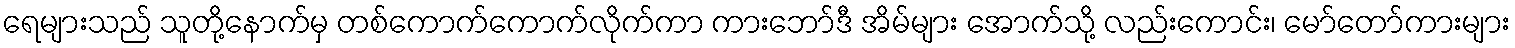
ရေများသည် သူတို့နောက်မှ တစ်ကောက်ကောက်လိုက်ကာ ကားဘော်ဒီ အိမ်များ အောက်သို့ လည်းကောင်း၊ မော်တော်ကားများ